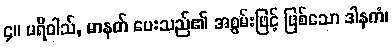
၄။ ပရိဝါသ်, မာနတ် ပေးသည်၏ အစွမ်းဖြင့် ဖြစ်သော ဒါနကံ၊